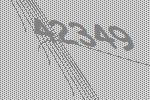
42349